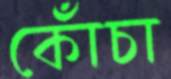
কোঁচা